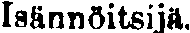
Isännöitsijä.